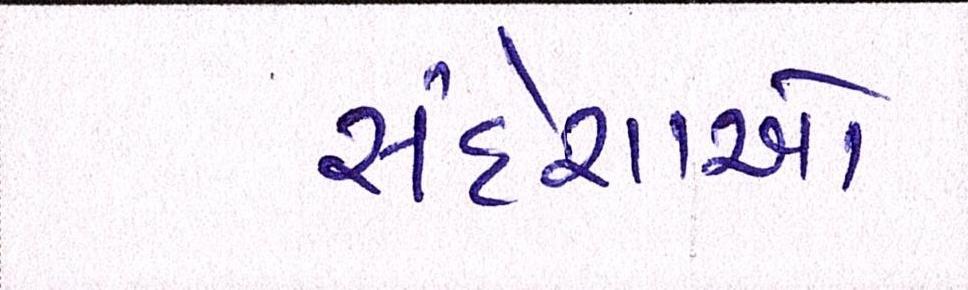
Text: સંદેશાઓ